Lunatic asylums in Bengal annual reports 1888-1898 - 1888-1898
Year: 1888
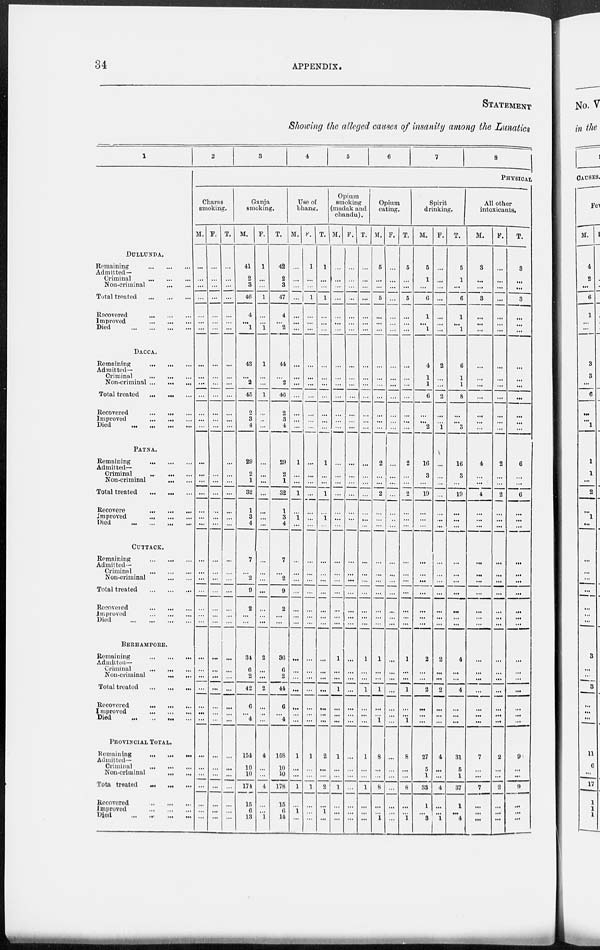
34
APPENDIX.
STATEMENT
Showing the alleged causes of insanity among the Lunatics
1
DULLUNDA.
Remaining
...
...
...
Admitted —
Criminal
...
...
...
Non-criminal
...
...
Total treated
...
...
...
Recovered
...
...
...
Improved
...
...
...
Died
...
...
...
...
DACCA.
Remaining
...
...
...
Admitted¬
Criminal
...
...
...
Non-criminal ... ... ...
Total treated
...
...
...
Recovered
...
... ...
Improved
...
...
...
Died
...
...
...
...
PATNA.
Remaining
...
...
...
Admitted¬
Criminal
...
...
...
Non-criminal
... ...
Total treated
...
...
...
Recovered ... ... ...
Improved
... ... ...
Died
...
...
...
...
CUTTACK.
Remaining
...
...
...
Admitted —
Criminal
...
...
...
Non-criminal
...
...
Total treated
...
...
...
Recovered
...
... ...
Improved
... ... ...
Died
...
...
...
...
BERHAMPORE.
Remaining
...
...
...
Admitted—
Criminal
...
... ...
Non-criminal
...
...
Total treated
...
...
...
Recovered
...
...
...
Improved
...
...
...
Died
...
...
...
PROVINCIAL TOTAL.
Remaining
...
...
...
Admitted—
Criminal
... ... ...
Non-criminal
...
...
Total treated
...
...
...
Recovered
...
...
...
Improved
...
...
...
Died
...
...
...
...
2
3
4
5
6
7
8
PHYSICAL
Charas
smoking.
M.
...
...
...
...
...
...
...
...
...
...
...
...
...
...
...
...
...
...
...
...
...
...
...
...
...
...
...
...
...
...
...
...
...
...
...
...
...
...
...
...
...
...
F.
...
...
...
...
...
...
...
...
...
...
...
...
...
...
...
...
...
...
...
...
...
...
...
...
...
...
...
...
...
...
...
...
...
...
...
...
...
...
...
...
...
...
T.
...
...
...
...
...
...
...
...
...
...
...
...
...
...
...
...
...
...
...
...
...
...
...
...
...
...
...
...
...
...
...
...
...
...
...
...
...
...
...
...
...
...
Ganja
smoking.
M.
41
2
3
46
4
...
1
43
...
2
45
2
3
4
29
2
1
32
1
3
4
7
...
2
9
2
...
...
31
6
2
42
6
...
4
154
10
10
174
15
6
13
F.
1
...
...
1
...
...
1
1
...
...
1
...
...
...
...
...
...
...
...
...
...
...
...
...
...
...
...
...
2
...
...
2
...
...
...
4
...
...
4
...
...
1
T.
42
2
3
47
4
...
2
44
...
2
46
2
3
4
29
2
1
32
1
3
4
7
...
2
9
2
...
...
33
6
2
44
6
...
4
158
10
10
178
15
6
14
Use
of
bhang
M.
...
...
...
...
...
...
...
...
...
...
...
...
...
...
1
...
...
1
...
1
...
...
...
...
...
...
...
...
...
...
...
...
...
...
...
1
...
...
1
...
1
...
F.
1
...
...
1
...
...
...
...
...
...
...
...
...
...
...
...
...
...
...
...
...
...
...
...
...
...
...
...
...
...
...
...
...
...
...
1
...
...
1
...
...
...
T.
1
...
...
1
...
...
...
...
...
...
...
...
...
...
1
...
...
1
...
1
...
...
...
...
...
...
...
...
...
...
...
...
...
...
...
2
...
...
2
...
1
...
Opium
smoking
madak and
chandu).
M.
...
...
...
...
...
...
...
...
...
... ...
...
...
...
...
...
...
...
...
...
...
...
...
...
...
...
...
...
1
...
...
1
...
...
...
1
...
...
1
...
...
...
F.
...
...
...
...
...
...
...
...
...
...
...
...
...
...
...
...
...
...
...
...
...
...
...
...
...
...
...
...
...
...
...
...
...
...
...
...
...
...
...
...
...
...
T.
...
...
...
...
...
...
...
...
...
...
...
...
...
...
...
...
...
...
...
...
...
...
...
...
...
...
...
...
1
...
...
1
...
...
...
1
...
...
1
...
...
...
Opium
eating.
M.
5
...
...
5
...
...
...
...
...
...
...
...
...
...
2
...
...
2
...
...
...
...
...
...
...
...
...
...
1
...
...
1
...
...
1
8
...
...
8
...
...
1
F.
...
...
... ...
...
...
...
...
...
...
...
...
...
...
...
...
...
...
...
...
...
...
...
...
...
...
...
...
...
...
...
...
...
...
...
...
...
...
...
...
...
...
T.
5
...
...
5
...
...
...
...
...
...
...
...
...
...
2
...
...
2
...
...
...
...
...
...
...
...
...
...
1
...
...
1
...
...
1
8
...
...
8
...
...
1
Spirit
drinking.
M.
5
1
...
6
1
...
1
4
1
1
6
...
...
2
16
3
...
19
...
...
...
...
...
...
...
...
...
...
2
...
...
2
...
...
...
27
5
1
33
1
...
3
F.
...
...
...
...
...
...
...
2
...
...
2
...
...
1
...
...
...
...
...
...
...
...
...
...
...
...
...
...
2
...
...
2
...
...
...
4
...
...
4
...
...
1
T.
5
1
...
6
1
...
1
6
1
1
8
...
...
3
16
3
...
19
...
...
...
...
...
...
...
...
...
...
4
...
...
4
...
...
...
31
5
1
37
1
...
4
All other
intoxicants.
M.
3
...
...
3
...
...
...
...
...
...
...
...
...
...
4
...
...
4
...
...
...
...
...
...
...
...
...
...
...
...
...
...
...
...
...
7
...
...
7
...
...
...
F.
...
...
...
...
...
...
...
...
...
...
...
...
...
...
2
...
...
2
...
...
...
...
...
...
...
...
...
...
...
...
...
...
...
...
...
2
...
...
2
...
...
...
T.
3
...
...
3
...
...
...
...
...
...
...
...
...
...
6
...
...
6
...
...
...
...
...
...
...
...
...
...
...
...
...
...
...
...
...
9
...
...
9
...
...
...